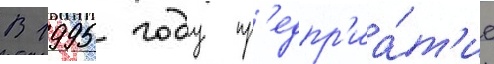
В 1995 году пр'едпр'иа́т'ие